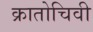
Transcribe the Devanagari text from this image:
क्रातोचिवी